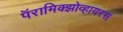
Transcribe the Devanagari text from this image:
पॅरामिक्झोव्हायरस